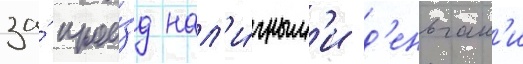
за́ прое́зд нал'и́чным'и д'еньгам'и